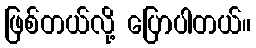
ဖြစ်တယ်လို့ ပြောပါတယ်။